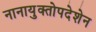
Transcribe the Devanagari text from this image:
नानायुक्तोपदेशेन